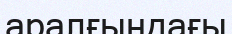
аралғындағы